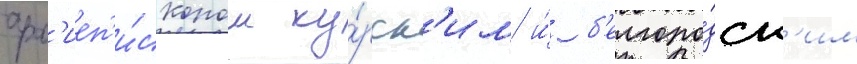
арх'иеп'и́скопом ку́рск'им и́ б'елгоро́дск'им